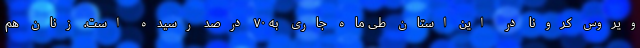
ویروس کرونا در این استان طی ماه جاری به ۷۰ درصد رسیده است. زنان هم